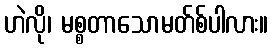
ဟဲလို၊ မစ္စတာသောမတ်စ်ပါလား။